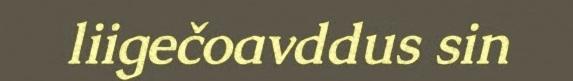
liigečoavddus sin